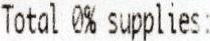
TOTAL 0% SUPPLIES: